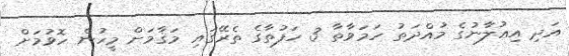
އަދި އިޢުލާނުގެ މުއްދަތު ހަމަވާތާ 3 ހަފުތާގެ ތެރޭގައި މަޤާމަށް މީހުން ހޮވުމަށް